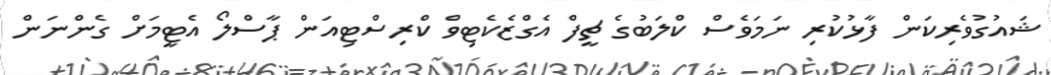
ޝައުގުވެރިކަން ފާޅުކުރި ނަމަަވެސް ކްލަބުގެ ޗީފް އެގްޒެކެޓިވް ކްރިސްޓިއަން ޕާސްލޯ އެޓީމަށް ގެންނަން